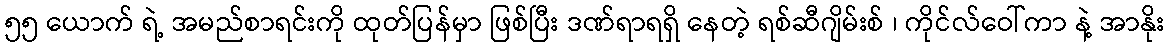
၅၅ ယောက် ရဲ့ အမည်စာရင်းကို ထုတ်ပြန်မှာ ဖြစ်ပြီး ဒဏ်ရာရရှိ နေတဲ့ ရစ်ဆီဂျိမ်းစ် ၊ ကိုင်လ်ဝေါ်ကာ နဲ့ အာနိုး